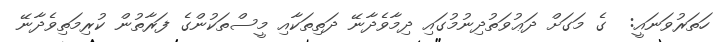
ހަތަރުވަނައީ:  ގެ މަގަށް ދަޢުވަތުދިނުމުގައި ދިމާވެދާނޭ ދަތިތަކާއި މީސްތަކުންގެ ފަރާތުން ކުރިމަތިވެދާނޭ